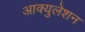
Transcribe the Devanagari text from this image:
आक्युलेशन